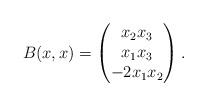
LaTeX: \begin{align*}B(x,x) =\begin{pmatrix}x_2x_3 \\ x_1x_3 \\ -2 x_1 x_2\end{pmatrix}. \end{align*}